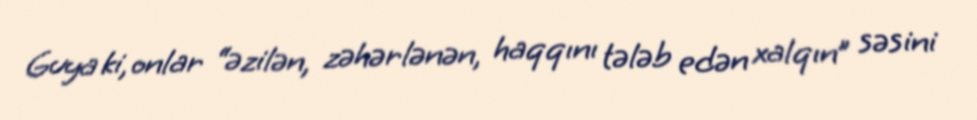
Guya ki, onlar “əzilən, zəhərlənən, haqqını tələb edən xalqın” səsini